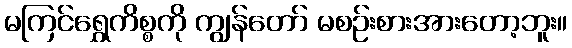
မကြင်ရွှေကိစ္စကို ကျွန်တော် မစဉ်းစားအားတော့ဘူး။